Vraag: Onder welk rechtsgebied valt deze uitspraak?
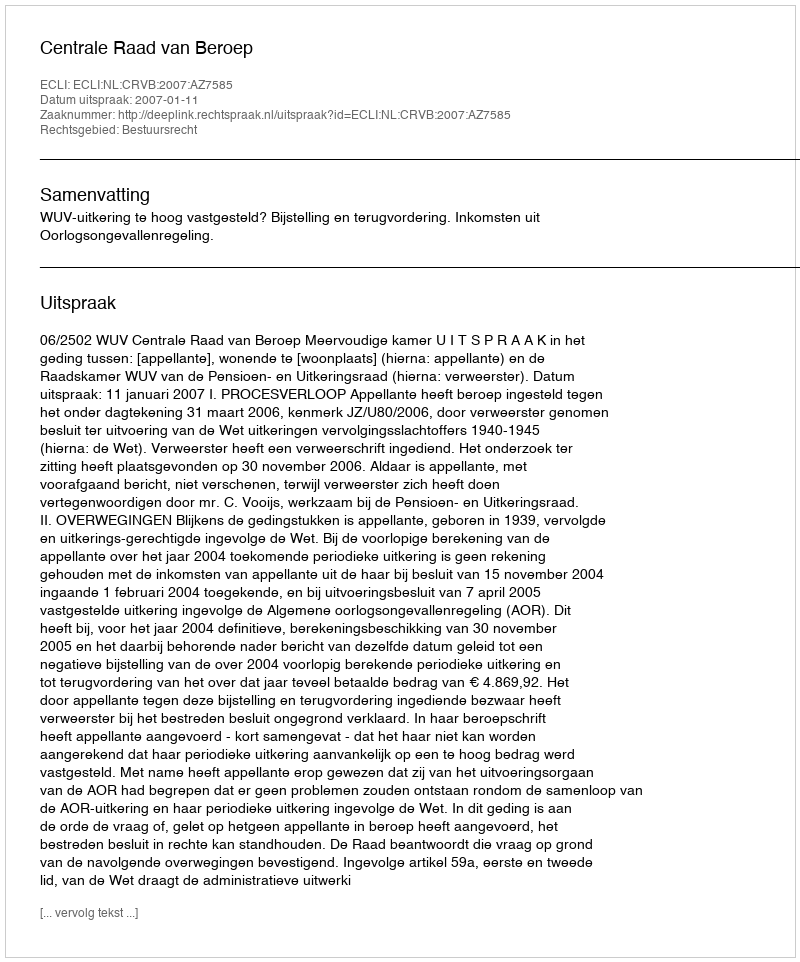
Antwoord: Bestuursrecht